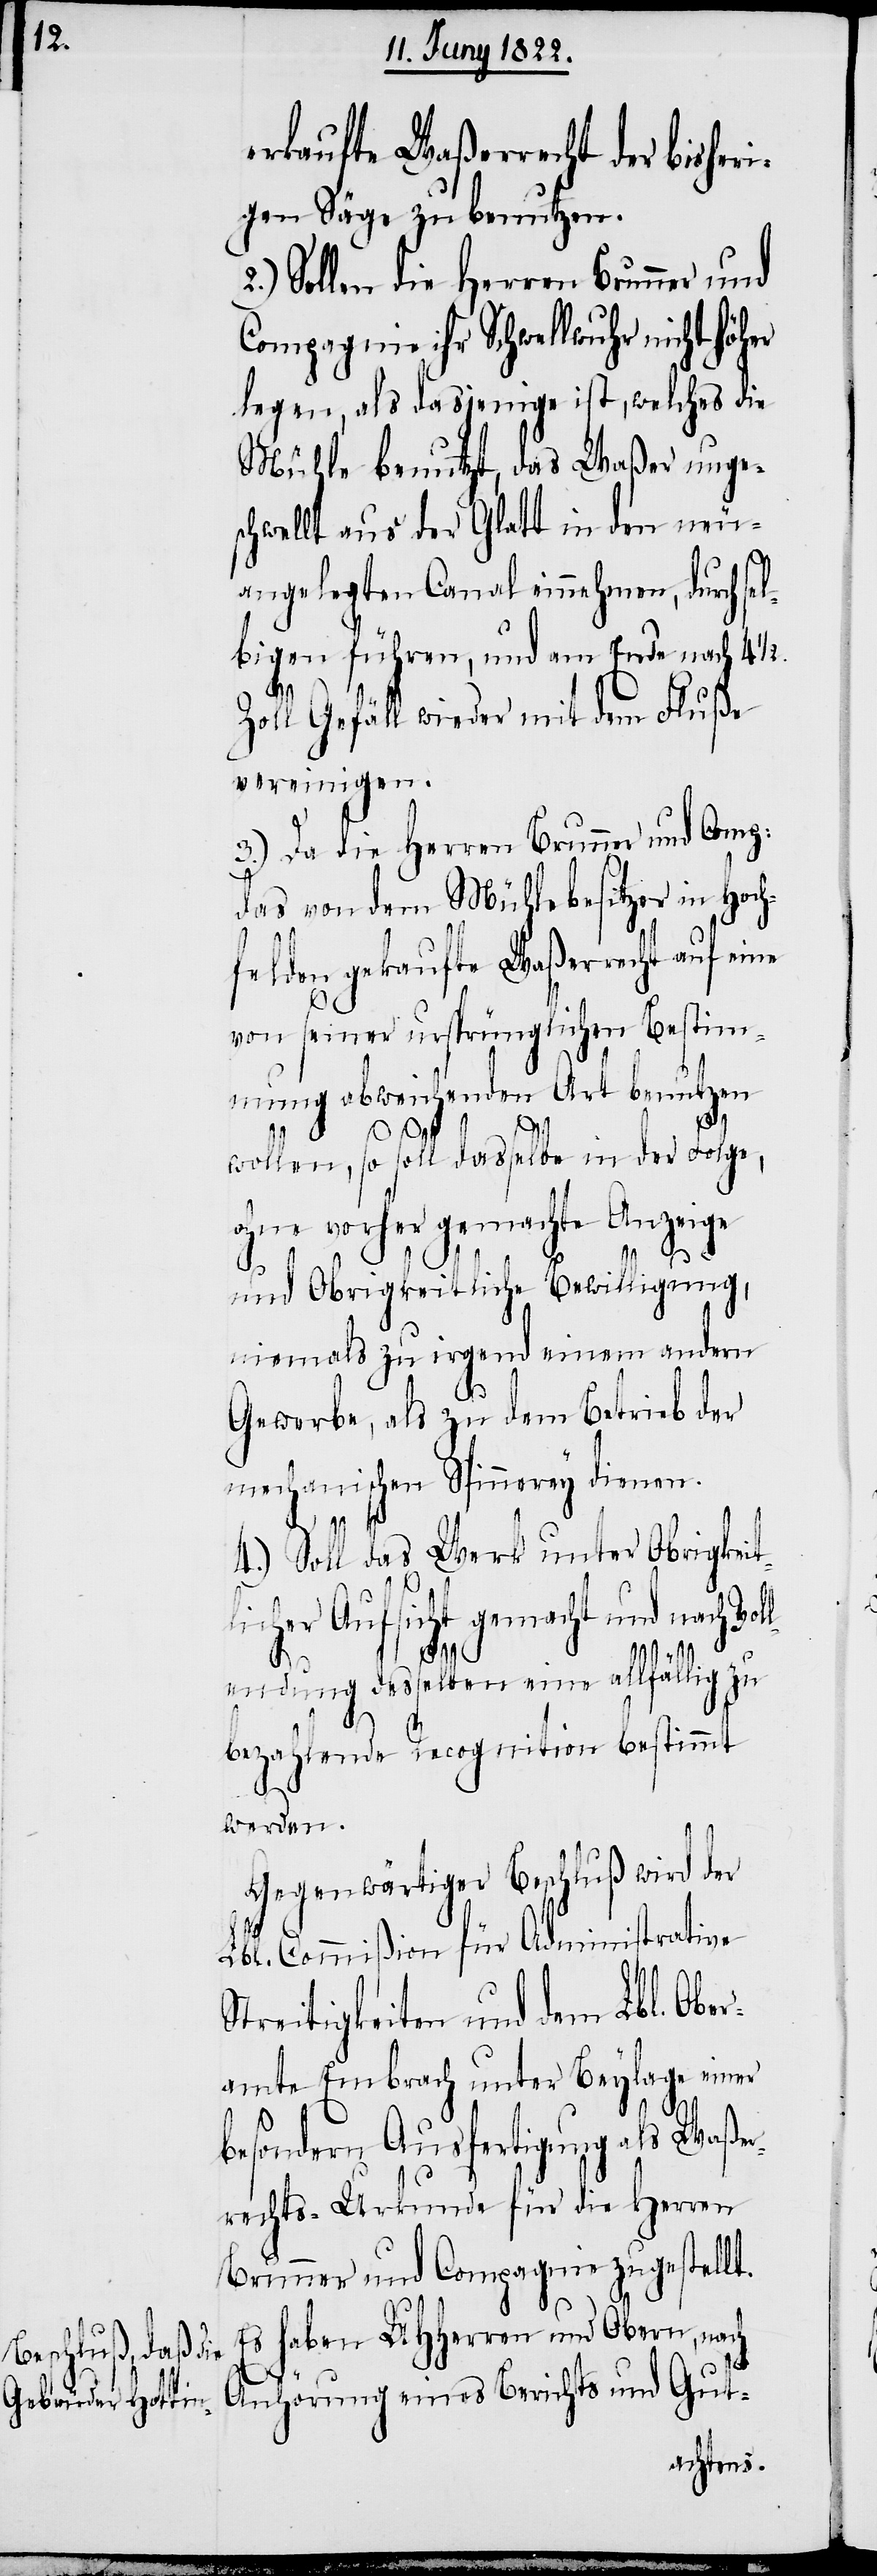
erkaufte Waßerrecht der bisher¬
igen Säge zu benutzen.
2.) Sollen die Herren Brunner und
Compagnie ihr Schwellwuhr nicht höher
legen, als dasjenige ist, welches die
Mühle benutzt, das Waßer unge¬
schwellt aus der Glatt in den neu¬
angelegten Canal einnehmen, durch s¬
bigen führen, und am Ende nach 4½.
Zoll Gefäll wieder mit dem Fluße
vereinigen.
3.) Da die Herren Brunner und Comp:
das von dem Mühlebesitzer in Hoch¬
felden gekaufte Waßerrecht auf eine
von seiner ursprünglichen Bestim¬
mung abweichenden Art benutzen
wollen, so soll dasselbe in der Folge,
ohne vorher gemachte Anzeige
und Obrigkeitliche Bewilligung,
niemals zu irgend einem andern
Gewerbe, als zu dem Betrieb der
mechanischen Spinnerey dienen.
4.) Soll das Werk unter Obrigkeit¬
licher Aufsicht gemacht und nach Vol¬
lendung desselben eine allfällig zu
bezahlende Recognition bestimmt
werden.
Gegenwärtiger Beschluß wird der
Lbl. Commision für Administrative
Streitigkeiten und dem Lbl. Ober¬
amte Embrach unter Beylage einer
el¬
besondern Ausfertigung als Waßer¬
rechts-Urkunde für die Herren
Brunner und Compagnie zugestellt.
Es haben UHHerren und Obern, nach
Anhörung eines Berichts und Gut-